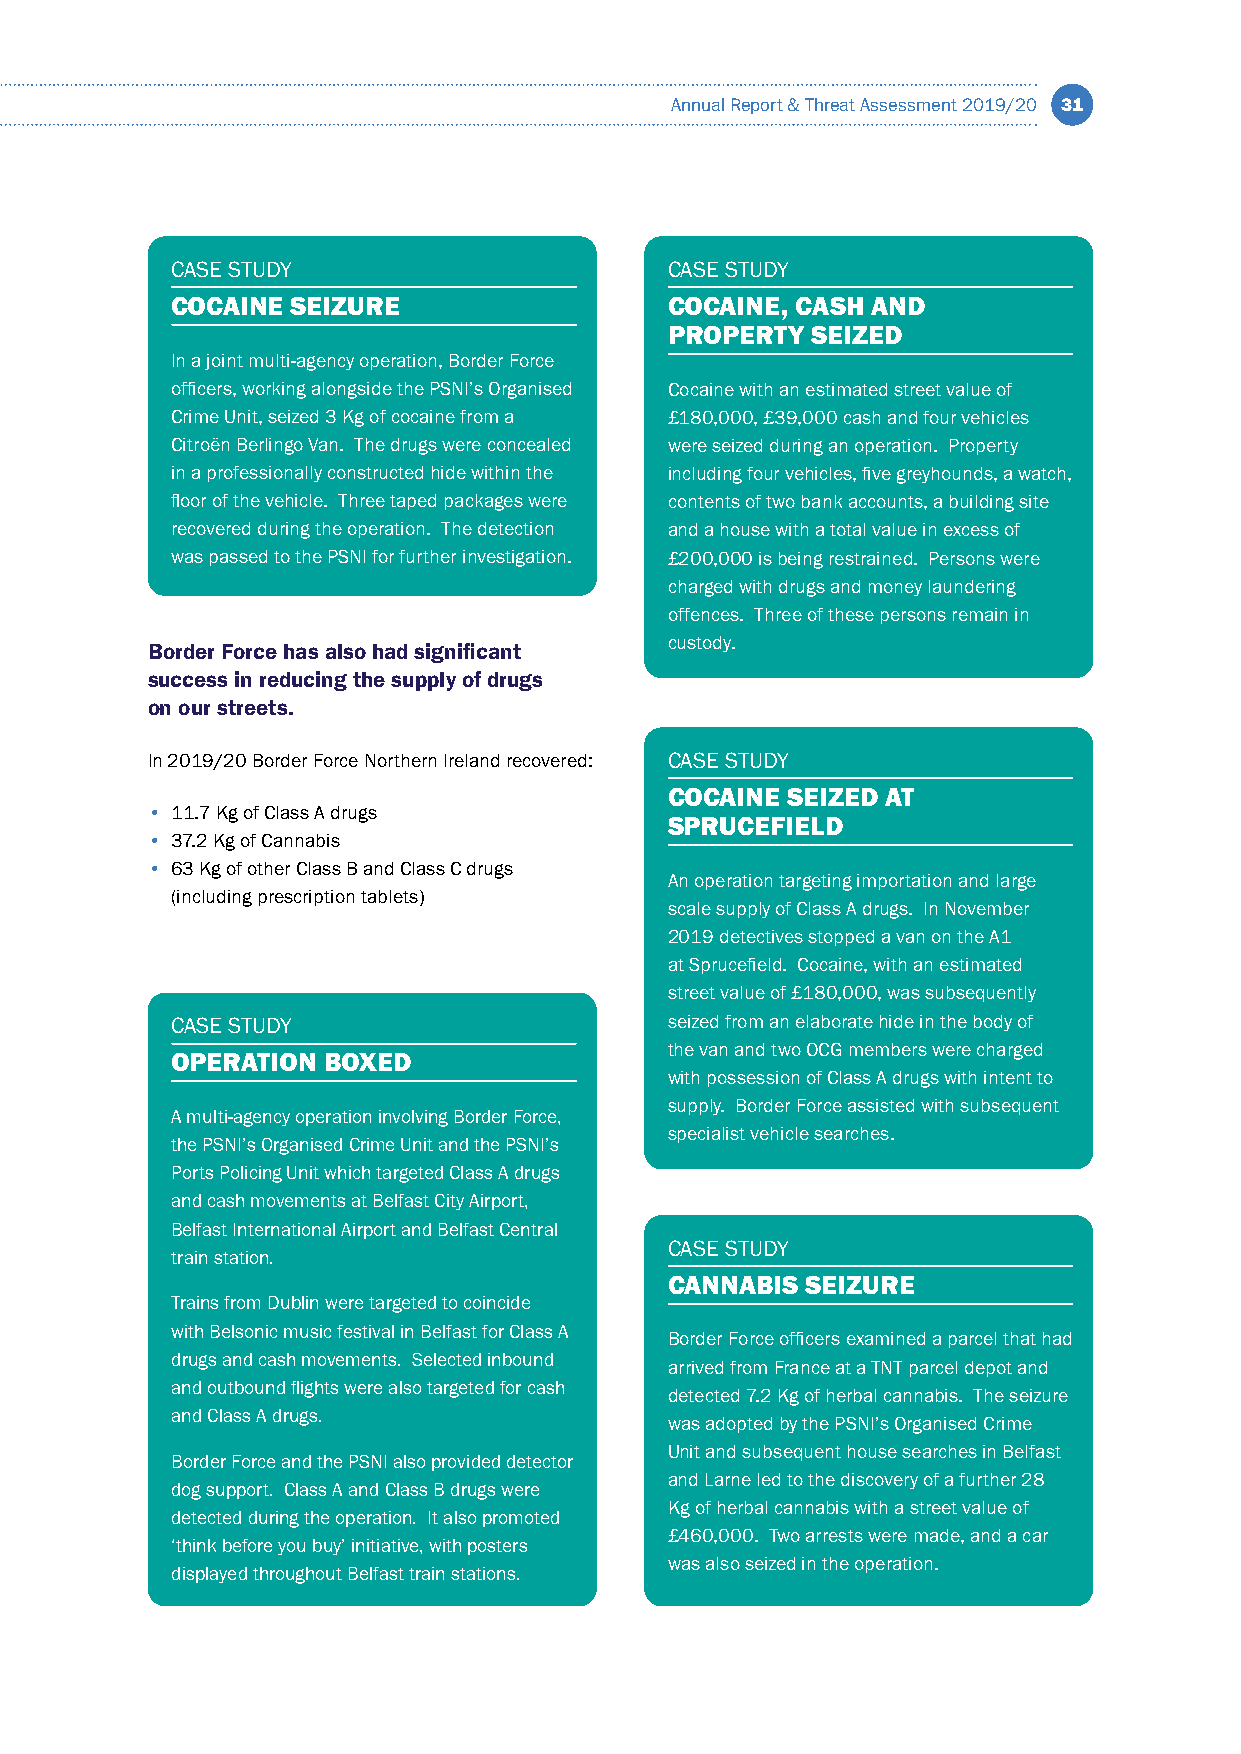
Annual Report & Threat Assessment 2019/20 31
 CASE STUDY                       CASE STUDY
 COCAINE SEIZURE                  COCAINE, CASH AND
 PROPERTY  SEIZED
 In a joint multi-agency operation, Border Force
 officers, working alongside the PSNI’s Organised Cocaine with an estimated street value of
 Crime Unit, seized 3 Kg of cocaine from a £180,000, £39,000 cash and four vehicles
 Citroën Berlingo Van. The drugs were concealed were seized during an operation. Property
 in a professionally constructed hide within the including four vehicles, five greyhounds, a watch,
 floor of the vehicle. Three taped packages were contents of two bank accounts, a building site
 recovered during the operation. The detection and a house with a total value in excess of
 was passed to the PSNI for further investigation. £200,000 is being restrained. Persons were
 charged with drugs and money laundering
 offences. Three of these persons remain in
 custody.
 Border Force has also had significant
 success in reducing the supply of drugs
 on our streets.
 In 2019/20 Border Force Northern Ireland recovered: CASE STUDY
 COCAINE SEIZED AT
 • 11.7 Kg of Class A drugs
 SPRUCEFIELD
 • 37.2 Kg of Cannabis
 • 63 Kg of other Class B and Class C drugs
 An operation targeting importation and large
 (including prescription tablets)
 scale supply of Class A drugs. In November
 2019 detectives stopped a van on the A1
 at Sprucefield. Cocaine, with an estimated
 street value of £180,000, was subsequently
 CASE STUDY                       seized from an elaborate hide in the body of
 the van and two OCG members were charged
 OPERATION BOXED
 with possession of Class A drugs with intent to
 supply. Border Force assisted with subsequent
 A multi-agency operation involving Border Force,
 specialist vehicle searches.
 the PSNI’s Organised Crime Unit and the PSNI’s
 Ports Policing Unit which targeted Class A drugs
 and cash movements at Belfast City Airport,
 Belfast International Airport and Belfast Central
 CASE STUDY
 train station.
 CANNABIS SEIZURE
 Trains from Dublin were targeted to coincide
 with Belsonic music festival in Belfast for Class A
 Border Force officers examined a parcel that had
 drugs and cash movements. Selected inbound
 arrived from France at a TNT parcel depot and
 and outbound flights were also targeted for cash
 detected 7.2 Kg of herbal cannabis. The seizure
 and Class A drugs.
 was adopted by the PSNI’s Organised Crime
 Unit and subsequent house searches in Belfast
 Border Force and the PSNI also provided detector
 and Larne led to the discovery of a further 28
 dog support. Class A and Class B drugs were
 Kg of herbal cannabis with a street value of
 detected during the operation. It also promoted
 £460,000. Two arrests were made, and a car
 ‘think before you buy’ initiative, with posters
 was also seized in the operation.
 displayed throughout Belfast train stations.